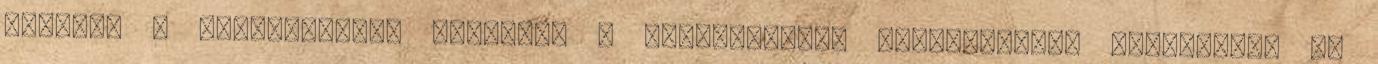
emelik. A sebesülteket ellátja, a szunnyadókat felébreszti. Emlékezést ad